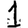
Digit: 1